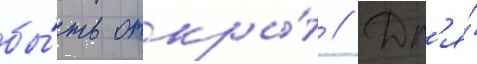
бы́ть откры́т // Дл'я́